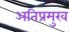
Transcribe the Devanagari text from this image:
अतिप्रमुख